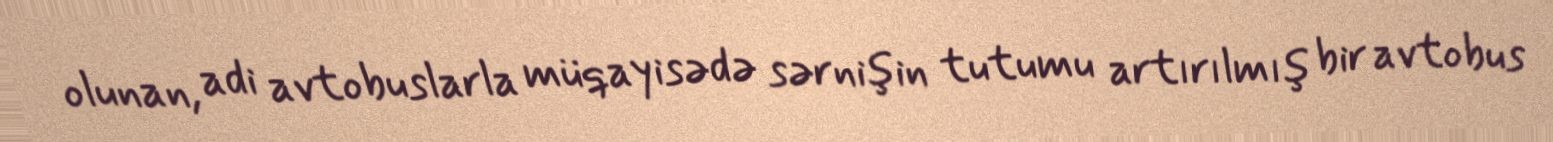
olunan, adi avtobuslarla müqayisədə sərnişin tutumu artırılmış bir avtobus